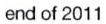
end of 2011